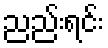
ညည်းရင်း